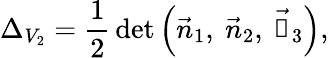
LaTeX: \Delta_{V_{2}}=\frac{1}{2}\, \mathrm{det}\left(\vec{n}_{1},\ \vec{n}_{2},\ \vec{\mathbb{1}}_{3}\right),